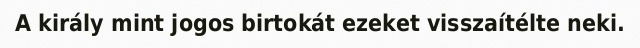
A király mint jogos birtokát ezeket visszaítélte neki.